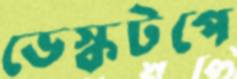
ডেস্কটপে